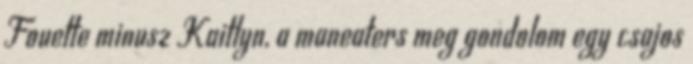
Fouette minusz Kaitlyn, a maneaters meg gondolom egy csajos